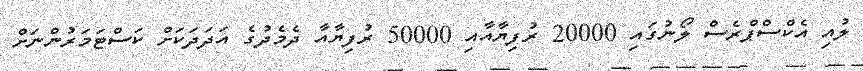
ލުއި އެކްސްޕްރެސް ލޯނުގައި 20000 ރުފިޔާއާއި 50000 ރުފިޔާއާ ދެމެދުގެ އަދަދަކަށް ކަސްޓަމަރުންނަށް